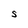
Character: S